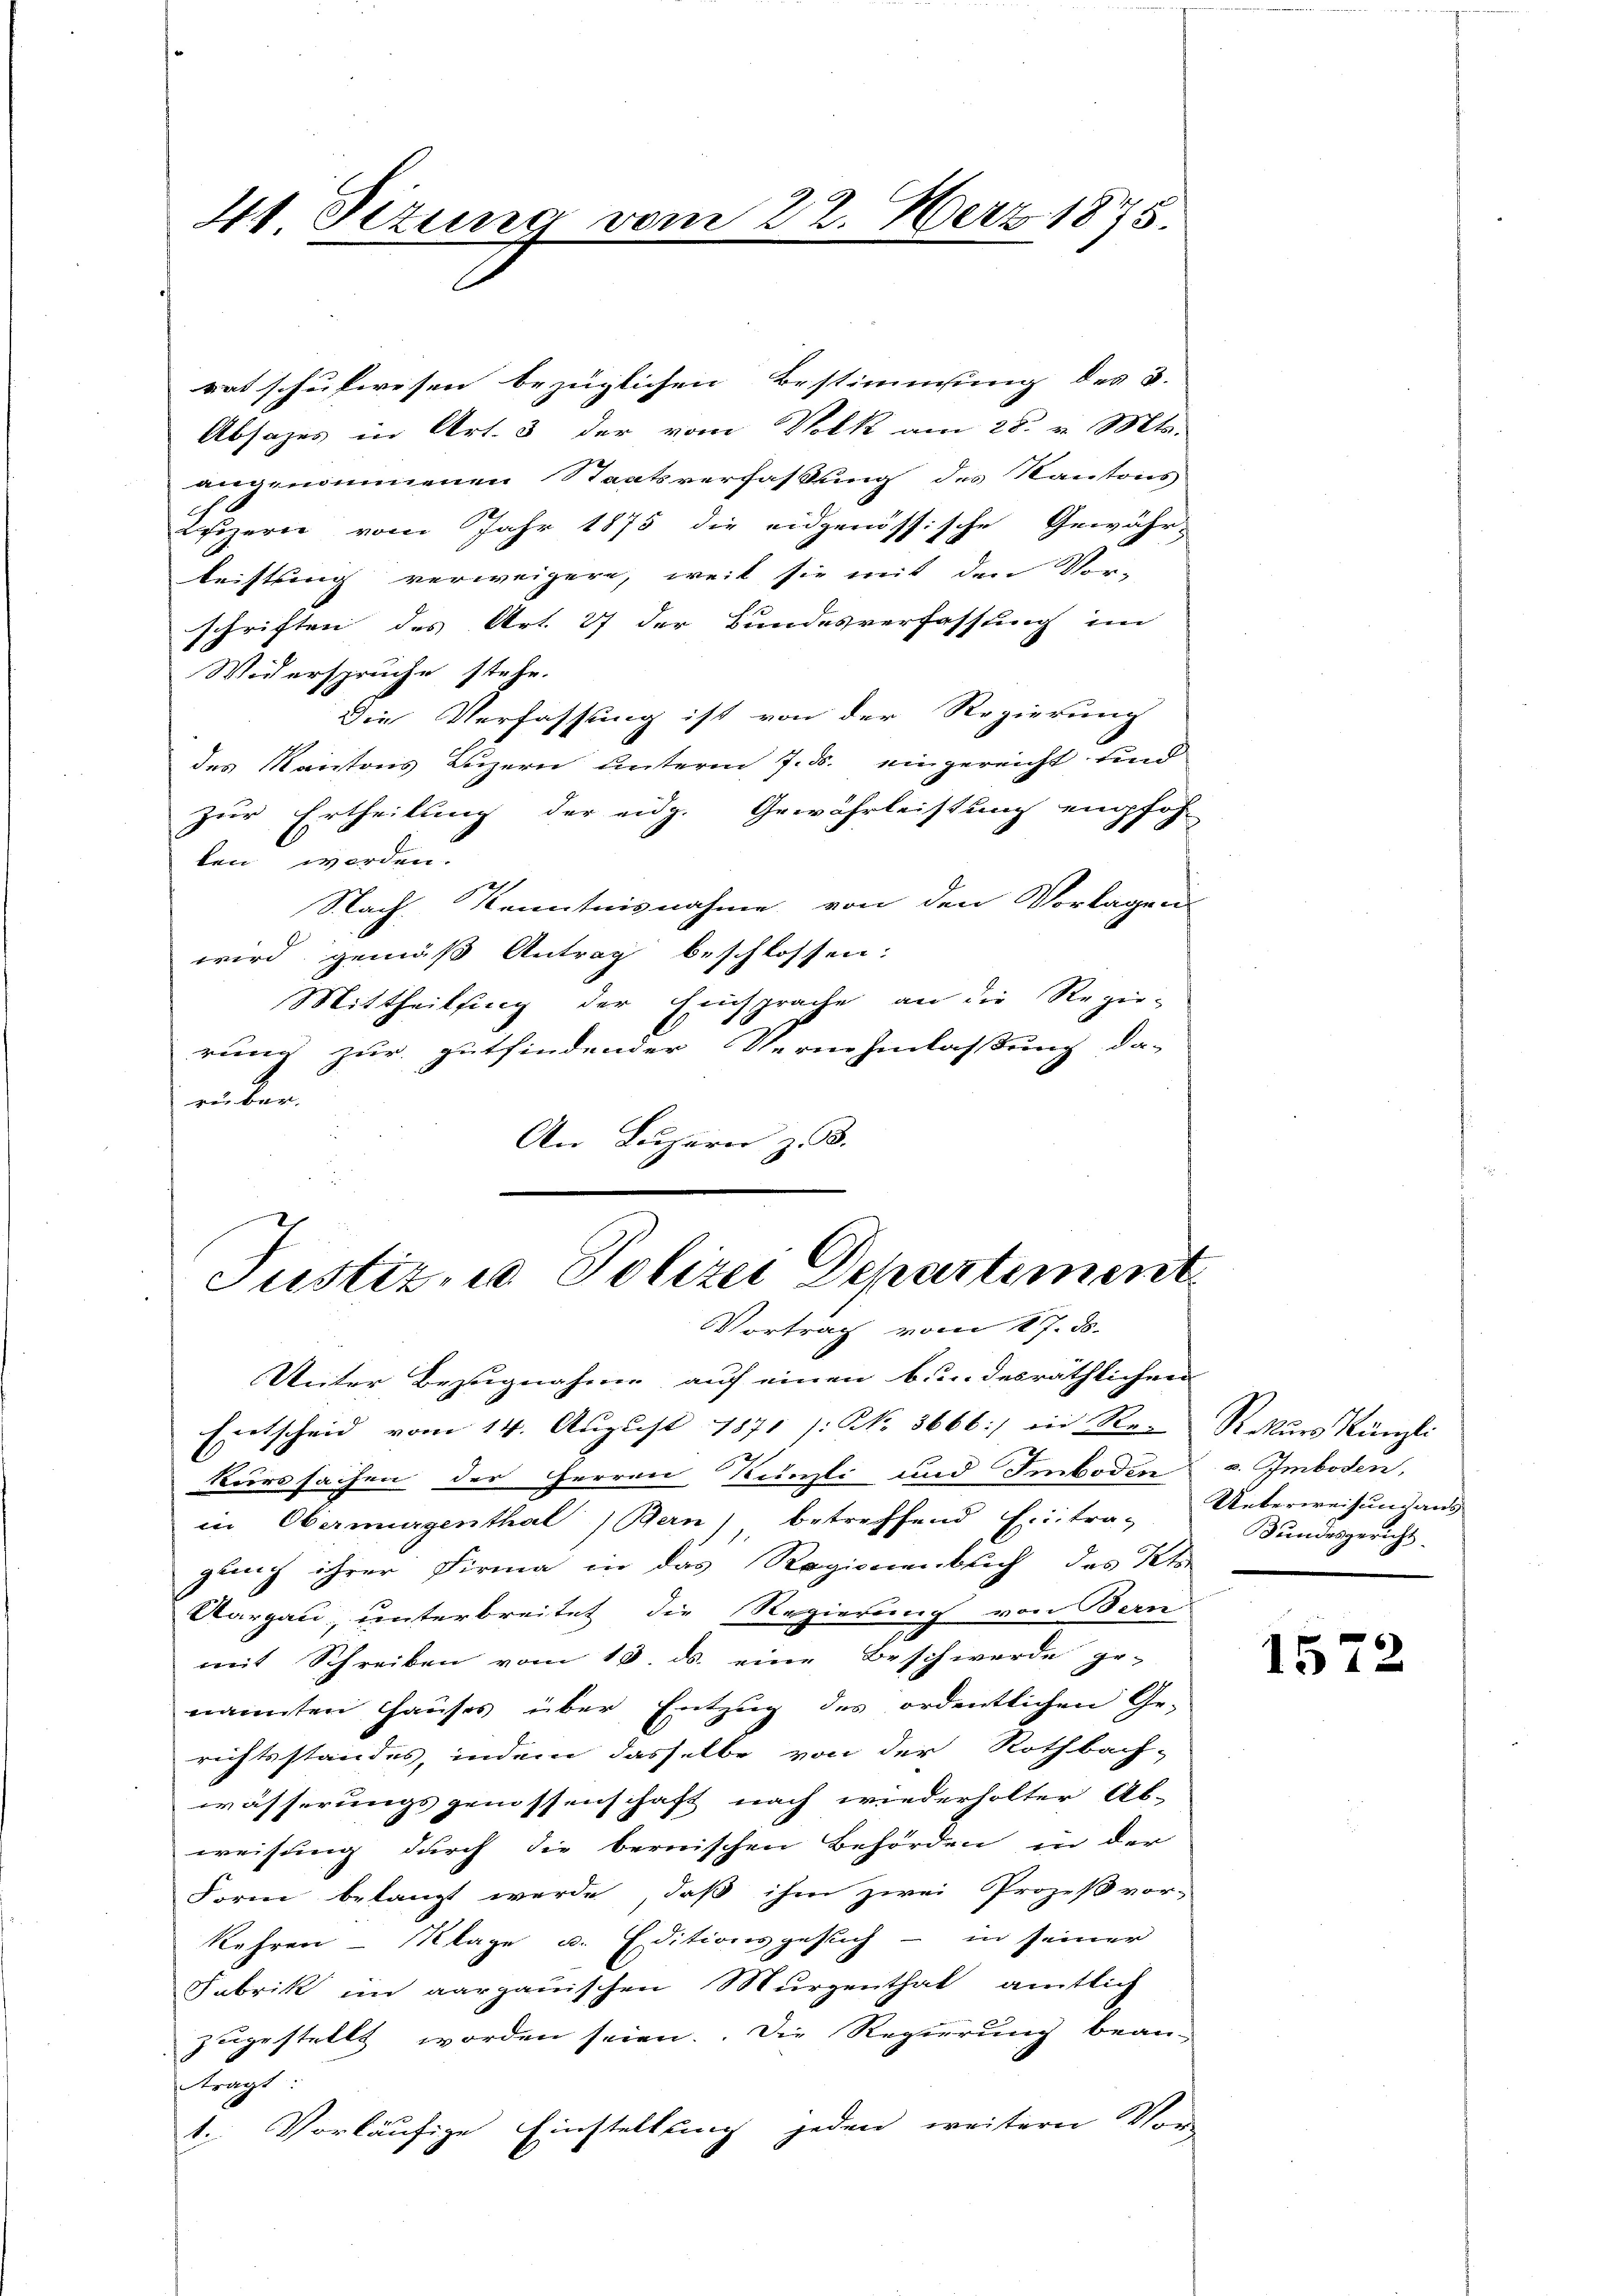
44 Sizung

rat schulwesen bezüglichen Bestimmung des 3.
Absages in Art. 3 der vom Volk am 28. v. Mts.
angenommenen Staatsverfassung des Kantons
Kizern vom Jahr 1875 die eidgenössische Gewähr-
leistung verweigern, weil sie mit den Vor-
schriften des Art. 27 der Bundesverfassung im
Widerspruche stehe.
Die Verfassung ist von der Regierung
des Kantons Luzern unterm 7. ds. eingereicht und
zur Ertheilung der eidg. Gewährleistung empfoh-
len worden.
Nach Kenntnisnahme von den Vorlagens
wird gemäß Antrag beschlossen:
Mittheilung der Einsprache an die Regie-
rung zur gutfindender Vernehmlassung da-
ri ber
An Luzern z. B.

22. Merz 1875.

Justiz, u. Polizei Dchartement
Vortrag vom 17. ds.

Unter Bezugnahme auf einen bundesräthlichen
Entscheid vom 14. August 1871 /: NNo. 3666:/ in Re-
Koerssachen der Herren Künzli und Emboden
in Obermürgenthal Bern) betreffend Eintra-
gung ihrer Firma in das Regionenblich des Kts.
Aargau, unterbreitet die Regierung von Bern
mit Schreiben vom 13. ds. eine Beschwerde ge-
nannten Hauses über Entzug des ordentlichen Ge-
richtsstandes, indem dasselbe von der Rothbach-
wässerungsgenossenschaft nach wiederholter Ab-
weisung durch die bernischen Behörden in der
Form belangt werde, daß ihm zwei Prozeß vor-
Kehren - Klage u. Editionsgesuch - in seiner
Fabrik im aargauischen Murzenthal amtlich
zugestellt worden seien. Die Regierung bean-
slangt
1. Vorläufige Einstellung jeden weitern Vor

Rekurs Rumli
v. Imboden,
Ueberweisung aus
Bundesgericht

1572